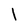
Character: 1